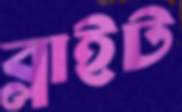
ব্লাইট